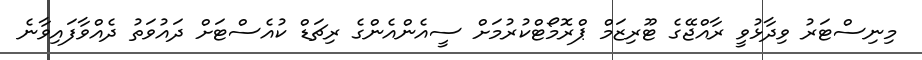
މިނިސްޓަރު ވިދާޅުވީ ރާއްޖޭގެ ޓޫރިޒަމް ޕްރޮމޯޓްކުރުމަށް ސީއެންއެންގެ ރިޗަޑް ކުއެސްޓަށް ދައުވަތު ދެއްވާފައިވާނެ